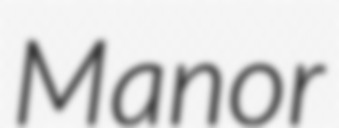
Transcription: Manor